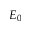
E _ { 0 }